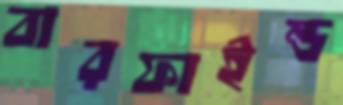
বারফাইন্ড